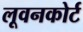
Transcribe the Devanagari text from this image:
लूवनकोर्ट